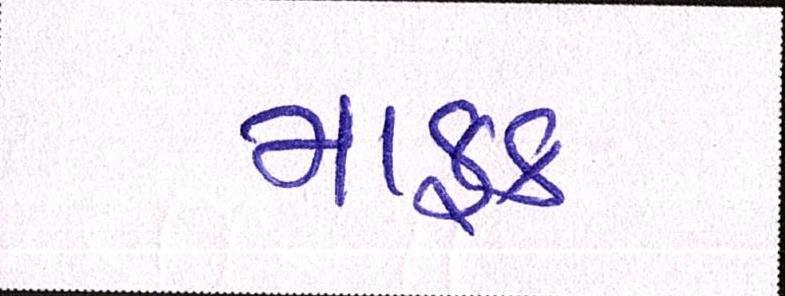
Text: માફક